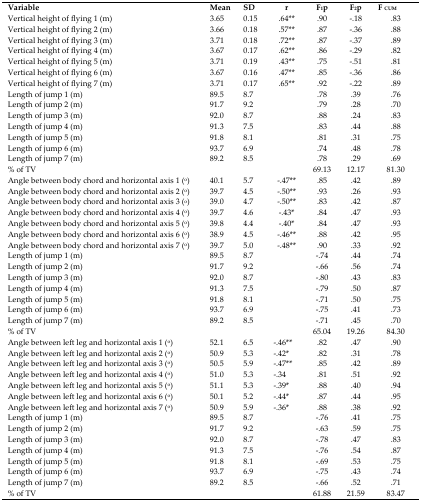
<table><thead><tr><td><b>Variable</b></td><td><b>Mean</b></td><td><b>SD</b></td><td><b>r</b></td><td><b>F<sub>1</sub>p</b></td><td><b>F<sub>2</sub>p</b></td><td><b>F<sub>CUM</sub></b></td></tr></thead><tbody><tr><td>Vertical height of flying 1 (m)</td><td>3.65</td><td>0.15</td><td>.64**</td><td>.90</td><td>−.18</td><td>.83</td></tr><tr><td>Vertical height of flying 2 (m)</td><td>3.66</td><td>0.18</td><td>.57**</td><td>.87</td><td>−.36</td><td>.88</td></tr><tr><td>Vertical height of flying 3 (m)</td><td>3.71</td><td>0.18</td><td>.72**</td><td>.87</td><td>−.37</td><td>.89</td></tr><tr><td>Vertical height of flying 4 (m)</td><td>3.67</td><td>0.17</td><td>.62**</td><td>.86</td><td>−.29</td><td>.82</td></tr><tr><td>Vertical height of flying 5 (m)</td><td>3.71</td><td>0.19</td><td>.43**</td><td>.75</td><td>−.51</td><td>.81</td></tr><tr><td>Vertical height of flying 6 (m)</td><td>3.67</td><td>0.16</td><td>.47**</td><td>.85</td><td>−.36</td><td>.86</td></tr><tr><td>Vertical height of flying 7 (m)</td><td>3.71</td><td>0.17</td><td>.65**</td><td>.92</td><td>−.22</td><td>.89</td></tr><tr><td>Length of jump 1 (m)</td><td>89.5</td><td>8.7</td><td></td><td>.78</td><td>.39</td><td>.76</td></tr><tr><td>Length of jump 2 (m)</td><td>91.7</td><td>9.2</td><td></td><td>.79</td><td>.28</td><td>.70</td></tr><tr><td>Length of jump 3 (m)</td><td>92.0</td><td>8.7</td><td></td><td>.88</td><td>.24</td><td>.83</td></tr><tr><td>Length of jump 4 (m)</td><td>91.3</td><td>7.5</td><td></td><td>.83</td><td>.44</td><td>.88</td></tr><tr><td>Length of jump 5 (m)</td><td>91.8</td><td>8.1</td><td></td><td>.81</td><td>.31</td><td>.75</td></tr><tr><td>Length of jump 6 (m)</td><td>93.7</td><td>6.9</td><td></td><td>.74</td><td>.48</td><td>.78</td></tr><tr><td>Length of jump 7 (m)</td><td>89.2</td><td>8.5</td><td></td><td>.78</td><td>.29</td><td>.69</td></tr><tr><td>% of TV</td><td></td><td></td><td></td><td>69.13</td><td>12.17</td><td>81.30</td></tr><tr><td>Angle between body chord and horizontal axis 1 (°)</td><td>40.1</td><td>5.7</td><td>−.47**</td><td>.85</td><td>.42</td><td>.89</td></tr><tr><td>Angle between body chord and horizontal axis 2 (°)</td><td>39.7</td><td>4.5</td><td>−.50**</td><td>.93</td><td>.26</td><td>.93</td></tr><tr><td>Angle between body chord and horizontal axis 3 (°)</td><td>39.0</td><td>4.7</td><td>−.50**</td><td>.83</td><td>.42</td><td>.87</td></tr><tr><td>Angle between body chord and horizontal axis 4 (°)</td><td>39.7</td><td>4.6</td><td>−.43*</td><td>.84</td><td>.47</td><td>.93</td></tr><tr><td>Angle between body chord and horizontal axis 5 (°)</td><td>39.8</td><td>4.4</td><td>−.40*</td><td>.84</td><td>.47</td><td>.93</td></tr><tr><td>Angle between body chord and horizontal axis 6 (°)</td><td>38.9</td><td>4.5</td><td>−.46**</td><td>.88</td><td>.42</td><td>.95</td></tr><tr><td>Angle between body chord and horizontal axis 7 (°)</td><td>39.7</td><td>5.0</td><td>−.48**</td><td>.90</td><td>.33</td><td>.92</td></tr><tr><td>Length of jump 1 (m)</td><td>89.5</td><td>8.7</td><td></td><td>−.74</td><td>.44</td><td>.74</td></tr><tr><td>Length of jump 2 (m)</td><td>91.7</td><td>9.2</td><td></td><td>−.66</td><td>.56</td><td>.74</td></tr><tr><td>Length of jump 3 (m)</td><td>92.0</td><td>8.7</td><td></td><td>−.80</td><td>.43</td><td>.83</td></tr><tr><td>Length of jump 4 (m)</td><td>91.3</td><td>7.5</td><td></td><td>−.79</td><td>.50</td><td>.87</td></tr><tr><td>Length of jump 5 (m)</td><td>91.8</td><td>8.1</td><td></td><td>−.71</td><td>.50</td><td>.75</td></tr><tr><td>Length of jump 6 (m)</td><td>93.7</td><td>6.9</td><td></td><td>−.75</td><td>.41</td><td>.73</td></tr><tr><td>Length of jump 7 (m)</td><td>89.2</td><td>8.5</td><td></td><td>−.71</td><td>.45</td><td>.70</td></tr><tr><td>% of TV</td><td></td><td></td><td></td><td>65.04</td><td>19.26</td><td>84.30</td></tr><tr><td>Angle between left leg and horizontal axis 1 (°)</td><td>52.1</td><td>6.5</td><td>−.46**</td><td>.82</td><td>.47</td><td>.90</td></tr><tr><td>Angle between left leg and horizontal axis 2 (°)</td><td>50.9</td><td>5.3</td><td>−.42*</td><td>.82</td><td>.31</td><td>.78</td></tr><tr><td>Angle between left leg and horizontal axis 3 (°)</td><td>50.5</td><td>5.9</td><td>−.47**</td><td>.85</td><td>.42</td><td>.89</td></tr><tr><td>Angle between left leg and horizontal axis 4 (°)</td><td>51.0</td><td>5.3</td><td>−.34</td><td>.81</td><td>.51</td><td>.92</td></tr><tr><td>Angle between left leg and horizontal axis 5 (°)</td><td>51.1</td><td>5.3</td><td>−.39*</td><td>.88</td><td>.40</td><td>.94</td></tr><tr><td>Angle between left leg and horizontal axis 6 (°)</td><td>50.1</td><td>5.2</td><td>−.44*</td><td>.87</td><td>.44</td><td>.95</td></tr><tr><td>Angle between left leg and horizontal axis 7 (°)</td><td>50.9</td><td>5.9</td><td>−.36*</td><td>.88</td><td>.38</td><td>.92</td></tr><tr><td>Length of jump 1 (m)</td><td>89.5</td><td>8.7</td><td></td><td>−.76</td><td>.41</td><td>.75</td></tr><tr><td>Length of jump 2 (m)</td><td>91.7</td><td>9.2</td><td></td><td>−.63</td><td>.59</td><td>.75</td></tr><tr><td>Length of jump 3 (m)</td><td>92.0</td><td>8.7</td><td></td><td>−.78</td><td>.47</td><td>.83</td></tr><tr><td>Length of jump 4 (m)</td><td>91.3</td><td>7.5</td><td></td><td>−.76</td><td>.54</td><td>.87</td></tr><tr><td>Length of jump 5 (m)</td><td>91.8</td><td>8.1</td><td></td><td>−.69</td><td>.53</td><td>.75</td></tr><tr><td>Length of jump 6 (m)</td><td>93.7</td><td>6.9</td><td></td><td>−.75</td><td>.43</td><td>.74</td></tr><tr><td>Length of jump 7 (m)</td><td>89.2</td><td>8.5</td><td></td><td>−.66</td><td>.52</td><td>.71</td></tr><tr><td>% of TV</td><td></td><td></td><td></td><td>61.88</td><td>21.59</td><td>83.47</td></tr></tbody></table>